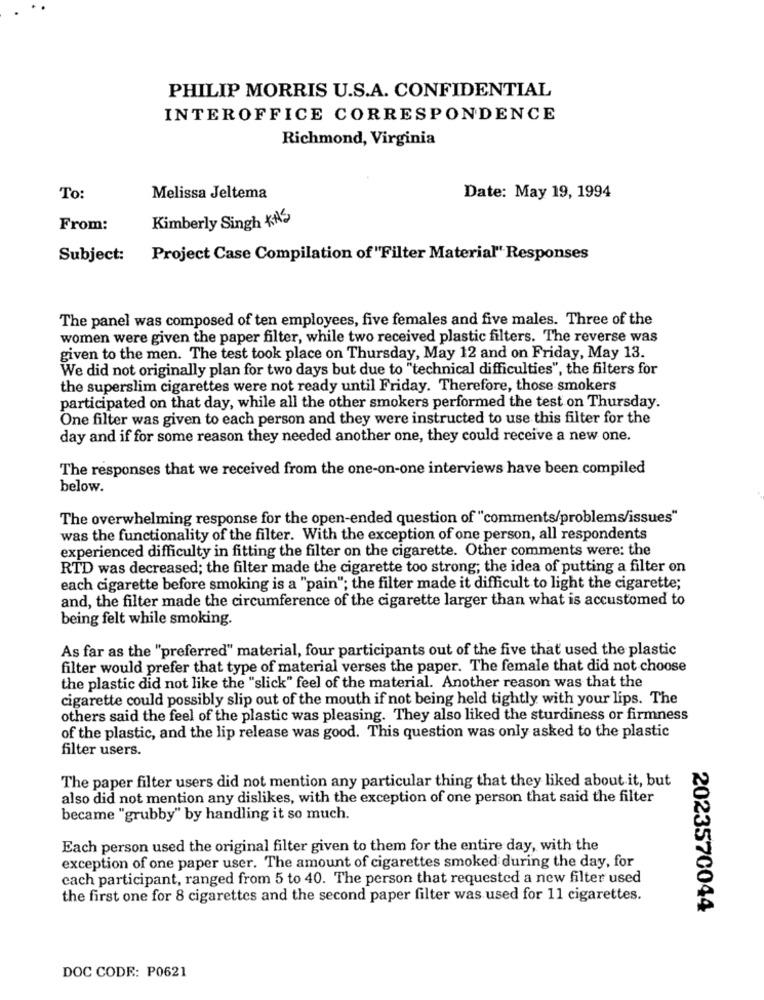
PHILIP MORRIS U.S.A. CONFIDENTIAL
INTEROFFICE CORRESPONDENCE
Richmond, Virginia
To:
Melissa Jeltema
Date: May 19, 1994
Kimberly Singh KA'
From:
Subject:
Project Case Compilation of "Filter Material" Responses
The panel was composed of ten employees, five females and five males. Three of the
women were given the paper filter, while two received plastic filters. The reverse was
given to the men. The test took place on Thursday, May 12 and on Friday, May 13.
We did not originally plan for two days but due to "technical difficulties", the filters for
the superslim cigarettes were not ready until Friday. Therefore, those smokers
participated on that day, while all the other smokers performed the test on Thursday.
One filter was given to each person and they were instructed to use this filter for the
day and if for some reason they needed another one, they could receive a new one.
The responses that we received from the one-on-one interviews have been compiled
below.
The overwhelming response for the open-ended question of "comments/problems/issues"
was the functionality of the filter. With the exception of one person, all respondents
experienced difficulty in fitting the filter on the cigarette. Other comments were: the
RTD was decreased; the filter made the cigarette too strong; the idea of putting a filter on
each cigarette before smoking is a "pain"; the filter made it difficult to light the cigarette;
and, the filter made the circumference of the cigarette larger than what is accustomed to
being felt while smoking.
As far as the "preferred" material, four participants out of the five that used the plastic
filter would prefer that type of material verses the paper. The female that did not choose
the plastic did not like the "slick" feel of the material. Another reason was that the
cigarette could possibly slip out of the mouth if not being held tightly with your lips. The
others said the feel of the plastic was pleasing. They also liked the sturdiness or firmness
of the plastic, and the lip release was good. This question was only asked to the plastic
filter users.
The paper filter users did not mention any particular thing that they liked about it, but
also did not mention any dislikes, with the exception of one person that said the filter
became "grubby" by handling it so much.
Each person used the original filter given to them for the entire day, with the
exception of one paper user. The amount of cigarettes smoked during the day, for
cach participant, ranged from 5 to 40. The person that requested a new filter used
the first one for 8 cigarettes and the second paper filter was used for 11 cigarettes.
2023570044
DOC CODE: P0621